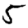
Digit: 5